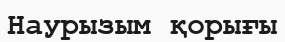
Наурызым қорығы